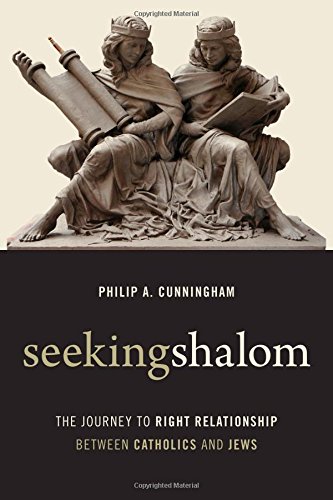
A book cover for Seeking Shalom: The Journey to Right Relationship between Catholics and Jews; Philip A. Cunningham; Christian Books & Bibles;